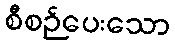
စီစဉ်ပေးသော